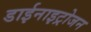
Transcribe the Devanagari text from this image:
डाईनाइट्रोजन